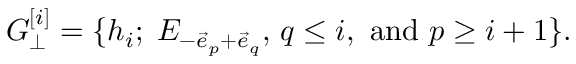
{ \cal G } _ { \bot } ^ { [ i ] } = \{ h _ { i } ; \; E _ { - \vec { e } _ { p } + \vec { e } _ { q } } , \, q \leq i , \mathrm { ~ a n d ~ } p \geq i + 1 \} .